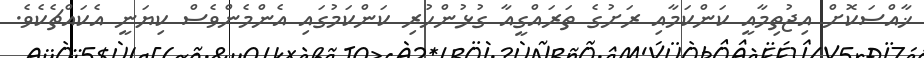
ޚާއްސަކޮށް އިޖުތިމާއީ ކަންކަމާއި ރަށުގެ ތަރައްގީއާ ގުޅުންހުރި ކަންކަމުގައި އެންމެންވެސް ކިޔަނީ އެކައްޗެކެވެ.